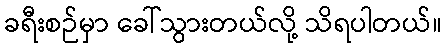
ခရီးစဉ်မှာ ခေါ်သွားတယ်လို့ သိရပါတယ်။